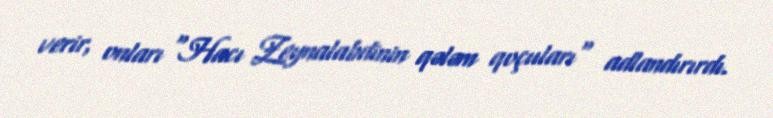
verir, onları "Hacı Zeynalabdinin qələm qoçuları" adlandırırdı.